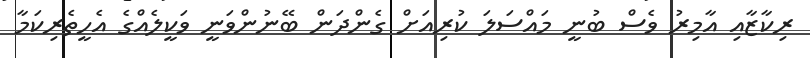
ރިކާޒާއި އާމިރު ވެސް ބުނީ މައްސަލަ ކުރިއަށް ގެންދަން ބޭނުންވަނީ ވަކީލެއްގެ އެހީތެރިކަމާ